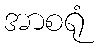
အာစရုံ